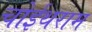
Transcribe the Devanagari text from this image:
चोईथराम